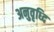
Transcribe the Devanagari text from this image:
अनुवृध्दि